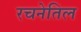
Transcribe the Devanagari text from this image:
रचनेतिल